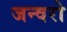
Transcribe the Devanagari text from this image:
जन्वरो